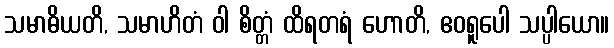
သမာဓိယတိ, သမာဟိတံ ဝါ စိတ္တံ ထိရတရံ ဟောတိ, ဧဝရူပေါ သပ္ပါယော။